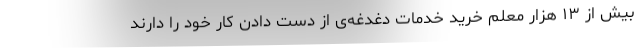
بیش از ۱۳ هزار معلم خرید خدمات دغدغه‌ی از دست دادن کار خود را دارند